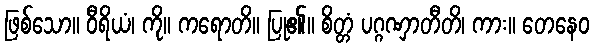
ဖြစ်သော။ ဝီရိယံ၊ ကို။ ကရောတိ။ ပြု၏။ စိတ္တံ ပဂ္ဂဏှာတီတိ၊ ကား။ တေနေဝ